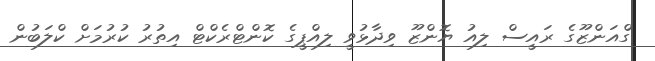
ގްއަންޒޫގެ ރައީސް ލިއު ޔޮންޒޫ ވިދާޅުވީ ލިއްޕީގެ ކޮންޓްރެކްޓް އިތުރު ކުރުމަށް ކްލަބުން